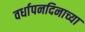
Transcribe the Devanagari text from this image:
वर्धापनदिनाच्या